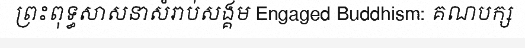
ព្រះពុទ្ធសាសនាសំរាប់សង្គម Engaged Buddhism: គណបក្ស